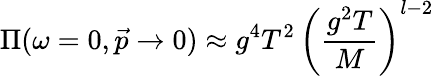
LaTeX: \Pi(\omega=0,\vec{p}\to 0)\approx g^{4}T^{2}\, \left(\frac{g^{2}T}{M}\right)^{l-2}